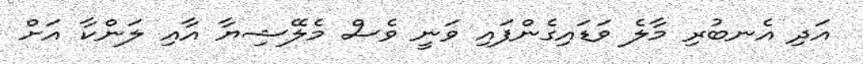
އަދި އެނބުރި މާލެ ވަޑައިގެންފައި ވަނީ ވެސް މެލޭޝިޔާ އާއި ލަންކާ އަށް